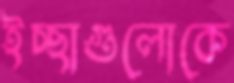
ইচ্ছাগুলোকে